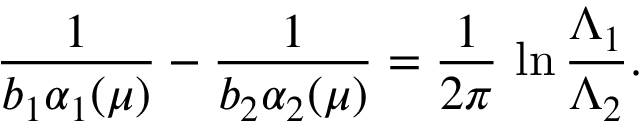
\frac { 1 } { b _ { 1 } \alpha _ { 1 } ( \mu ) } - \frac { 1 } { b _ { 2 } \alpha _ { 2 } ( \mu ) } = \frac { 1 } { 2 \pi } \, \ln \frac { \Lambda _ { 1 } } { \Lambda _ { 2 } } .